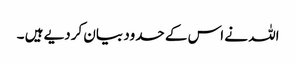
اللہ نے اس کے حدود بیان کردیے ہیں ۔